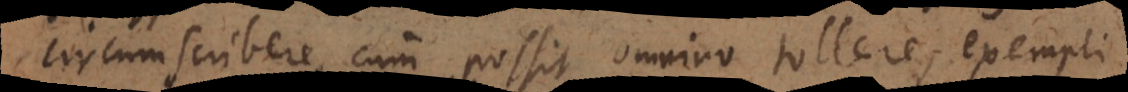
circumscribere, cum possit omnino tollere, exempli